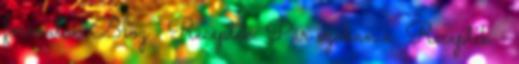
formulák Blog Receptek. Pár szóban a. Receptek -